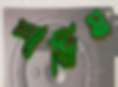
শামিম